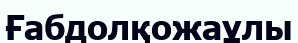
Ғабдолқожаұлы